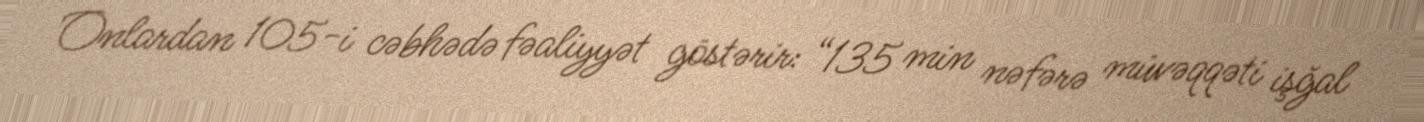
Onlardan 105-i cəbhədə fəaliyyət göstərir: “135 min nəfərə müvəqqəti işğal